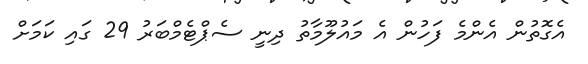
އެގޮތުން އެންމެ ފަހުން އެ މައުލޫމާތު ދިނީ ސެޕްޓެމްބަރު 29 ގައި ކަމަށް